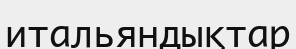
итальяндықтар